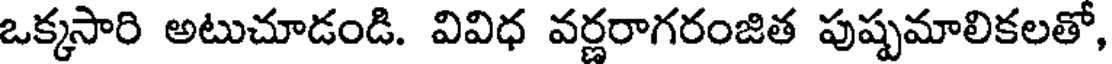
ఒక్కసారి అటుచూడండి. వివిధ వర్ణరాగరంజిత పుష్పమాలికలతో,